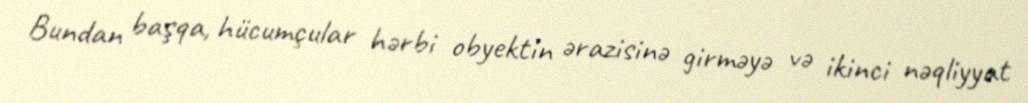
Bundan başqa, hücumçular hərbi obyektin ərazisinə girməyə və ikinci nəqliyyat